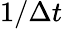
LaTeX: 1/\Delta t